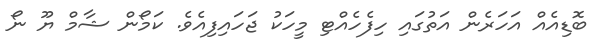
ބޮޑިއެއް އަހަރެން އަތުގައި ހިފެހެއްޓި މީހަކު ޖަހައިފިއެވެ. ކަމޯން ޝާމް ޔޫ ނޯ